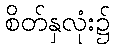
စိတ်နှလုံး၌